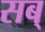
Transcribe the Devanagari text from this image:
सब्